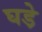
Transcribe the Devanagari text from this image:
घडे़